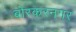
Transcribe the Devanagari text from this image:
बोरकरनगर